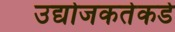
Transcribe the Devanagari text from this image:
उद्योजकतेकडे